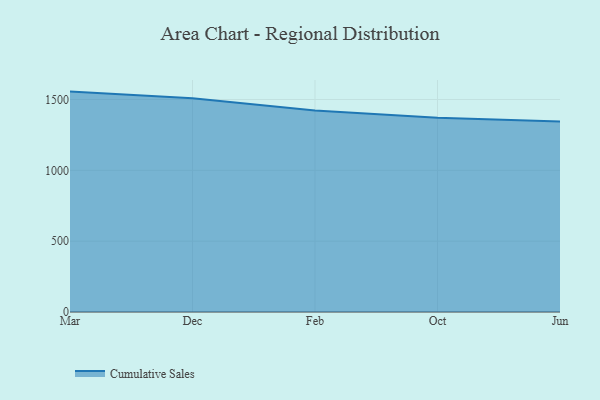
{"axis": {"x": "Month", "y": "Population (Million)"}, "legend": ["Cumulative Sales"], "data": [{"x": "Mar", "y": 1555.6, "type": "Cumulative Sales"}, {"x": "Dec", "y": 1509.1, "type": "Cumulative Sales"}, {"x": "Feb", "y": 1422.7, "type": "Cumulative Sales"}, {"x": "Oct", "y": 1371.6, "type": "Cumulative Sales"}, {"x": "Jun", "y": 1344.2, "type": "Cumulative Sales"}]}